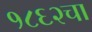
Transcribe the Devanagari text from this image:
१८६२चा